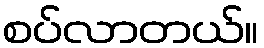
စပ်လာတယ်။